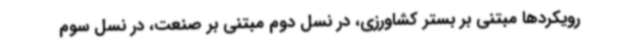
رویکردها مبتنی بر بستر کشاورزی، در نسل دوم مبتنی بر صنعت، در نسل سوم